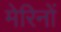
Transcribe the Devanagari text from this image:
मेरिनों